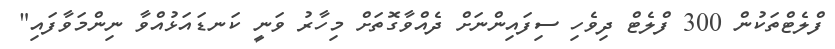
ފްލެޓްތަކުން 300 ފްލެޓް ދިވެހި ސިފައިންނަށް ދެއްވާގޮތަށް މިހާރު ވަނީ ކަނޑައަޅުއްވާ ނިންމަވާފައި"